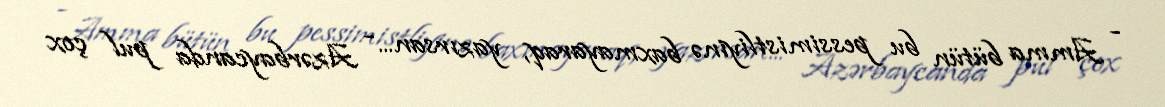
- Amma bütün bu pessimistliyinə baxmayaraq, yazırsan... - Azərbaycanda pul çox